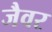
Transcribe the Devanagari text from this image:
जैवर